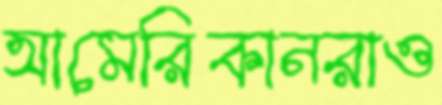
আমেরিকানরাও